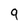
Character: 9